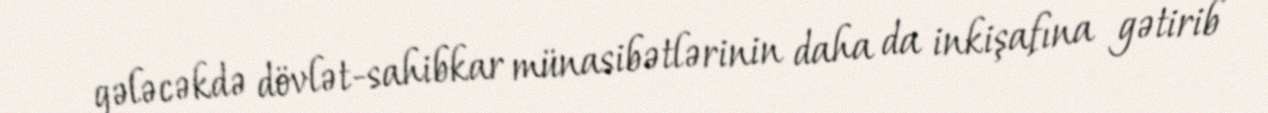
gələcəkdə dövlət-sahibkar münasibətlərinin daha da inkişafına gətirib